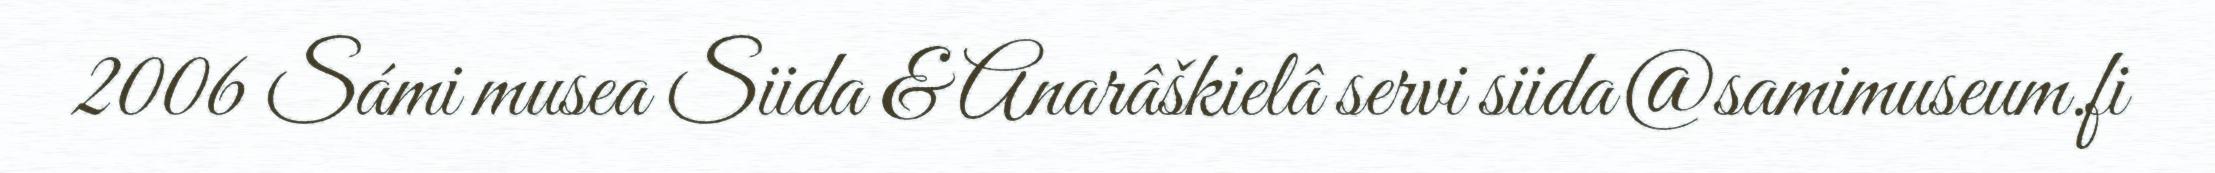
2006 Sámi musea Siida & Anarâškielâ servi siida@samimuseum.fi